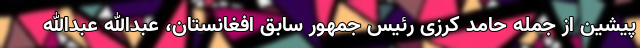
پیشین از جمله حامد کرزی رئیس جمهور سابق افغانستان، عبدالله عبدالله